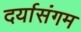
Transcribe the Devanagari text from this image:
दर्यासंगम